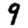
Digit: 9